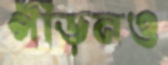
পীড়নও